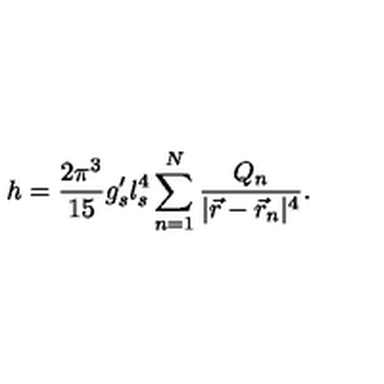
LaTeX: h = \frac { 2 \pi ^ { 3 } } { 1 5 } g _ { s } ^ { \prime } l _ { s } ^ { 4 } \sum _ { n = 1 } ^ { N } \frac { Q _ { n } } { | \vec { r } - \vec { r } _ { n } | ^ { 4 } } .